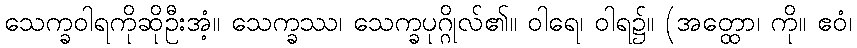
သေက္ခဝါရကိုဆိုဦးအံ့။ သေက္ခဿ၊ သေက္ခပုဂ္ဂိုလ်၏။ ဝါရေ၊ ဝါရ၌။ (အတ္ထော၊ ကို။ ဧဝံ၊